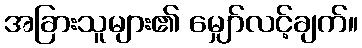
အခြားသူများ၏ မျှော်လင့်ချက်။